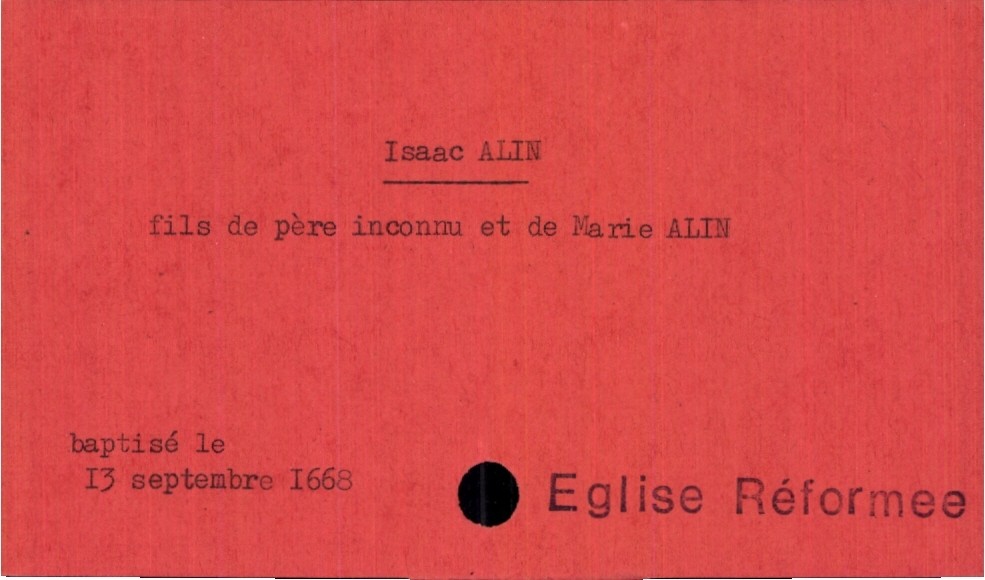
type_acte: Baptême
année: 1668
mois: septembre
jour: 13
observations: Eglise Réformee
filiation: fils
enfant_prénom: Isaac
enfant_date_de_naissance: 13 septembre 1668
mère_enfant_nom: Alin
mère_enfant_prénom: Marie